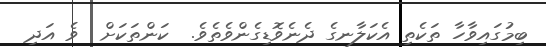
ބިމުގައިވާހާ ތަކެތި އެކަލާނގެ ދެނެވޮޑިގެންވެތެވެ.  ކަންތަކަށް  ވެ އަދި